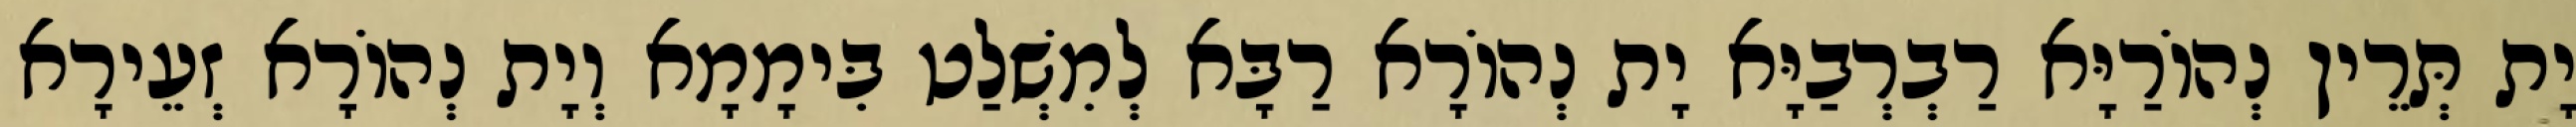
יָת תְּרֵין נְהוֹרַיָּא רַבְרְבַיָּא יָת נְהוֹרָא רַבָּא לְמִשְׁלַט בִּימָמָא וְיָת נְהוֹרָא זְעֵירָא